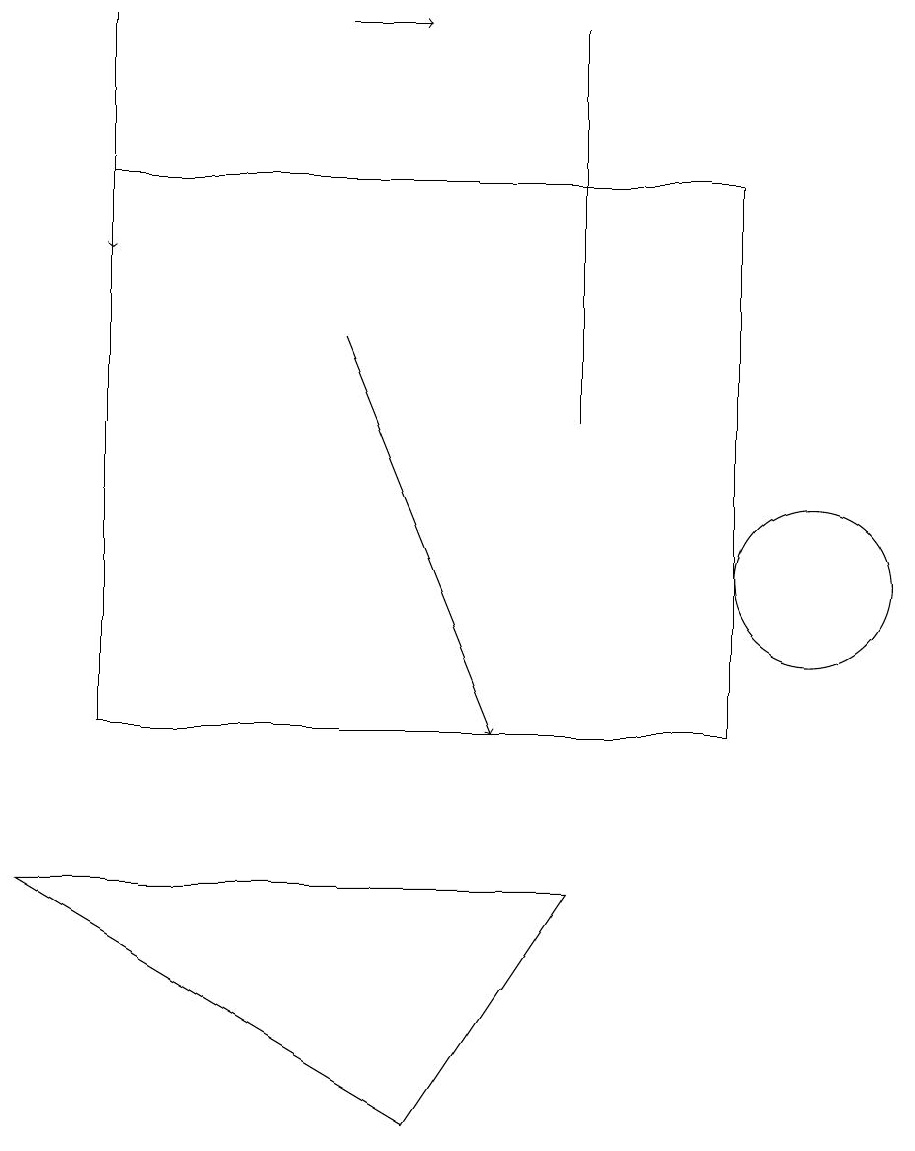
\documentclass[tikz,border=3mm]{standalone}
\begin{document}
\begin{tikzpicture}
\draw (10,12) circle (1);
\draw[->] (1,19) -- (1,16);
\draw[->] (4,15) -- (6,10);
\draw (5,5) -- (7,8) -- (0,8) -- cycle;
\draw (9,17) rectangle (1,10);
\draw (7,19) rectangle (7,14);
\draw[->] (4,19) -- (5,19);
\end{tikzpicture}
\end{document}